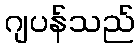
ဂျပန်သည်